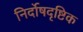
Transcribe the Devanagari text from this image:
निर्दोषदृष्टिक